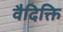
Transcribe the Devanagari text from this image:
वैदिक्ति